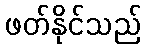
ဖတ်နိုင်သည်